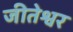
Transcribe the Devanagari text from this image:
जीतेश्वर